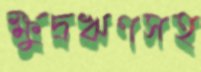
ক্ষুদ্রঋণসহ